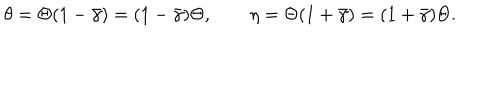
LaTeX: \theta = \Theta ( 1 - \bar { \gamma } ) = ( 1 - \bar { \gamma } ) \Theta , \qquad \eta = \Theta ( 1 + \bar { \gamma } ) = ( 1 + \bar { \gamma } ) \Theta .